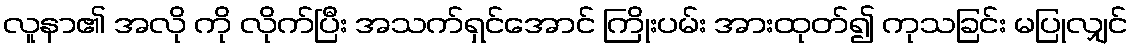
လူနာ၏ အလို ကို လိုက်ပြီး အသက်ရှင်အောင် ကြိုးပမ်း အားထုတ်၍ ကုသခြင်း မပြုလျှင်